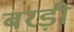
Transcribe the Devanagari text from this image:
बरड़ी